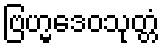
ဗြဟ္မဒေဝသုတ္တံ